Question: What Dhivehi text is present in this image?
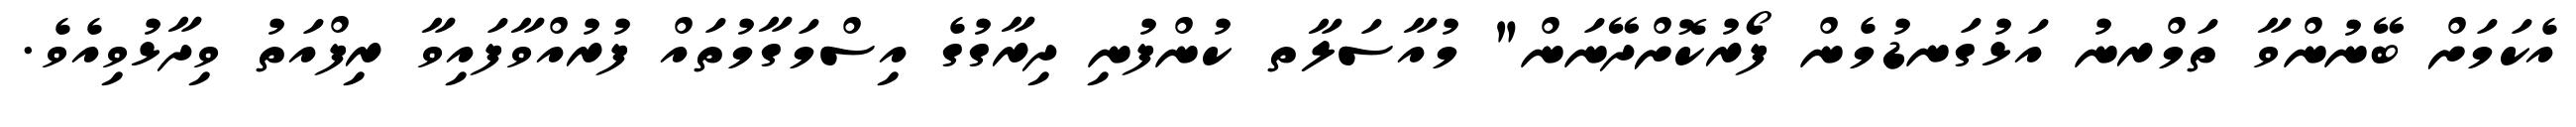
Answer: އެކަމަށް ބޭނުންވާ ތަމްރނު އަޅުގަނޑުމެން ފޯރުކޮށްދޭނަން" މުއާސަލާތ ކުންފުނި ދިރާގުގެ އިސްމަގާމުތައް ފުރުއްވާފައިވާ ރިފްއަތު ވިދާޅުވިއެވެ.